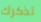
تذكرك